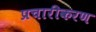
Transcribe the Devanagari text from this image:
प्रचारीकरण